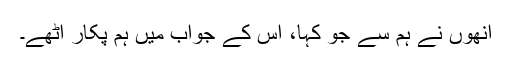
انھوں نے ہم سے جو کہا، اس کے جواب میں ہم پکار اٹھے۔